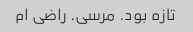
تازه بود. مرسی. راضی ام